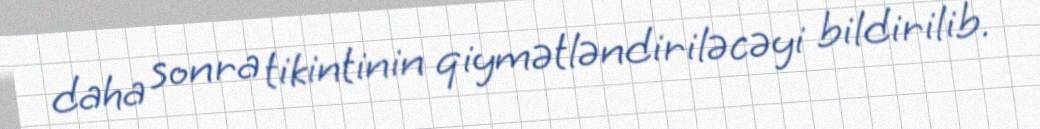
daha sonra tikintinin qiymətləndiriləcəyi bildirilib.